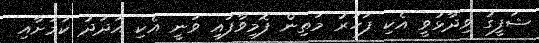
ޝަފީގު ވިދާޅުވީ އެކި ފަހަރު މަތިން ފޮމިވާފައި ވަނީ އެކި އަދަދު ކަމަށާއި